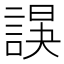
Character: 𧩍